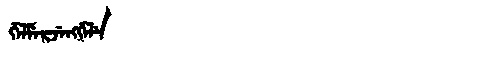
Manchu: ᡤᡝᠯᠮᡝᡵᠵᡝᠩᡤᡝᠯᡝ
Romanization: GELMERJENGGELE